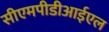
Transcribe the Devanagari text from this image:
सीएमपीडीआईएल